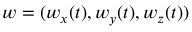
w = ( w _ { x } ( t ) , w _ { y } ( t ) , w _ { z } ( t ) )